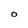
Character: O